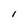
Character: I